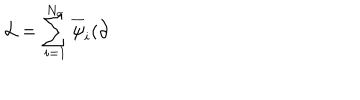
\mathcal { L } = \sum _ { i = 1 } ^ { N _ { \sigma } } \overline { { { \psi } } } _ { i } ( \partial \! \! \!